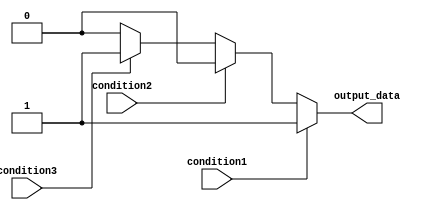
module multiple_if_else (
    input wire condition1,
    input wire condition2,
    input wire condition3,
    output reg output_data
);

always @(*) begin
    if (condition1) begin
        output_data = 1;
    end
    else if (condition2) begin
        output_data = 2;
    end
    else if (condition3) begin
        output_data = 3;
    end
    else begin
        output_data = 0; // Default action
    end
end

endmodule